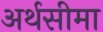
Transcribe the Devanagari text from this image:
अर्थसीमा